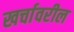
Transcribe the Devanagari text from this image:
खर्चावरील